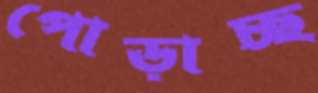
পোড়াচ্ছ